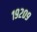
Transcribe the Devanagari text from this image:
१९२०९